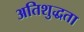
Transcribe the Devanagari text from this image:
अतिशुद्धता